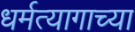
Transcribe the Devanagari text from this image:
धर्मत्यागाच्या